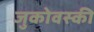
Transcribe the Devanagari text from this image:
जुकोवस्की